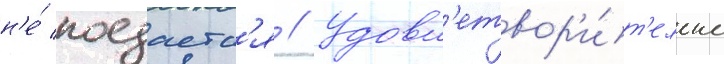
н'е́ поедаетс'я // Удовл'етвор'и́т'ельно